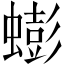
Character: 蟛